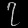
Digit: ၇